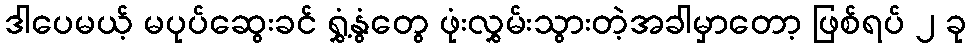
ဒါပေမယ့် မပုပ်ဆွေးခင် ရွှံ့နွံတွေ ဖုံးလွှမ်းသွားတဲ့အခါမှာတော့ ဖြစ်ရပ် ၂ ခု